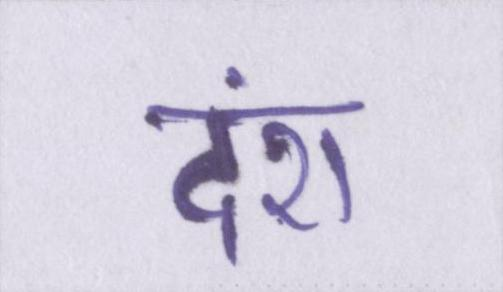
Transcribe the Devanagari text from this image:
दंश